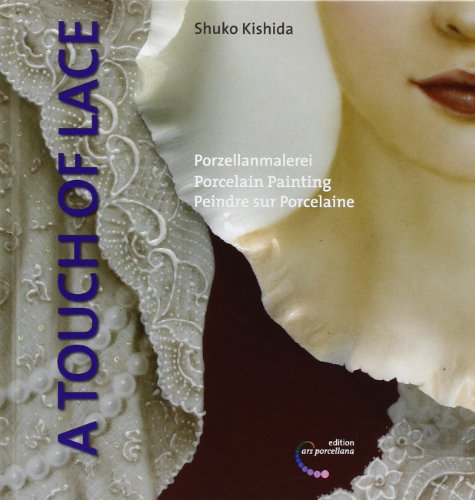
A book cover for Porzellanmalerei / A Touch of Lace; Shuko Kishida; Crafts, Hobbies & Home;